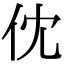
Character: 𠆶